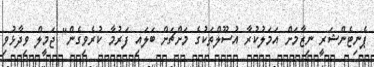
ޕެނިޓެންޝަރީ ނިޒާމަށް އަމަލުކުރާ އުސޫލްތަކުގެ މަށްޗަށް ބަލައި ފަރުމާ ކުރެވިގެން" ޖަމީލް ވިދާޅުވި